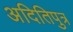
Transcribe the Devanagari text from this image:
अदितिपुत्र